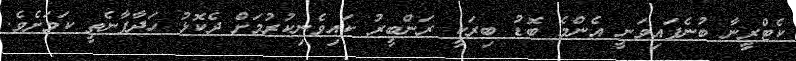
ކެޓްރީނާ ބުނެފައިވަނީ އެންމެ ބޮޑު ބިރަކީ ރަންބީރު ކައިވެނިކުރުމަށް ދެކޮޅު ހަދާފާނެތީ ކަމަށެވެ.